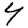
Digit: 4